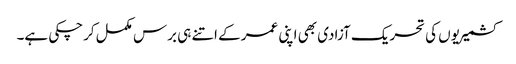
کشمیریوں کی تحریک آزادی بھی اپنی عمر کے اتنے ہی برس مکمل کرچکی ہے۔